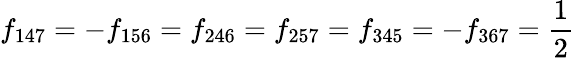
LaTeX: f_{147}=-f_{156}=f_{246}=f_{257}=f_{345}=-f_{367}={\frac{1}{2}}